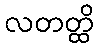
လတတ္ထိ